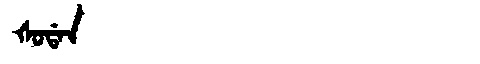
Manchu: ᡧᠣᡩᠠᠨ
Romanization: ŠODAN